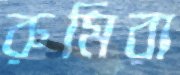
রুমিরা